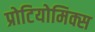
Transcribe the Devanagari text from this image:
प्रोटियोमिक्स